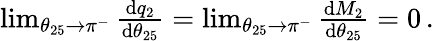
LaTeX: \begin{array}{r}{\operatorname*{lim}_{\theta_{25}\to\pi^{-}}\frac{\mathrm{d}q_{2}}{\mathrm{d}\theta_{25}}=\operatorname*{lim}_{\theta_{25}\to\pi^{-}}\frac{\mathrm{d}M_{2}}{\mathrm{d}\theta_{25}}=0\, .}\end{array}